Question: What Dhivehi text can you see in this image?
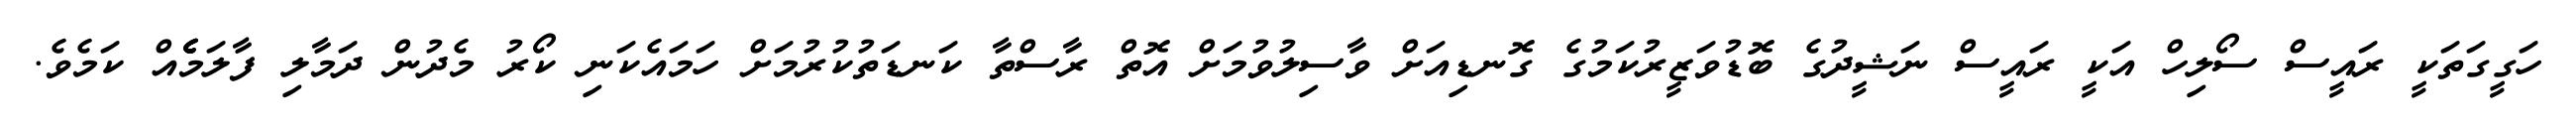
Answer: ހަގީގަތަކީ ރައީސް ސޯލިހް އަކީ ރައީސް ނަޝީދުގެ ބޮޑުވަޒީރުކަމުގެ ގޮނޑިއަށް ވާސިލުވުމަށް އޮތް ރާސްތާ ކަނޑަތުކުރުމަށް ހަމައެކަނި ކޯރު މެދުން ދަމާލި ފާލަމެެެެެއް ކަމެވެ.